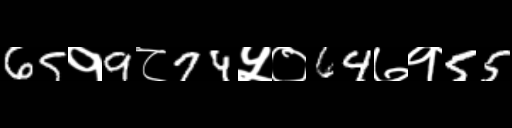
Text: 65१9८74५०64७१55